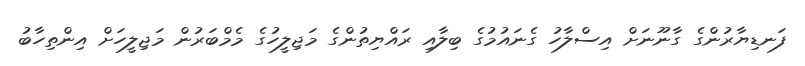
ފަނޑިޔާރުންގެ ގާނޫނަށް އިސްލާހު ގެނައުމުގެ ބިލާއި ރައްޔިތުންގެ މަޖިލީހުގެ މެމްބަރުން މަޖިލީހަށް އިންތިހާބު